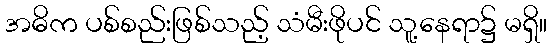
အဓိက ပစ်စည်းဖြစ်သည့် သံမီးဖိုပင် သူ့နေရာ၌ မရှိ။